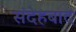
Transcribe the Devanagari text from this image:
संदेहबाद